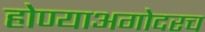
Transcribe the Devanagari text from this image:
होण्याअगोदरच